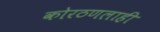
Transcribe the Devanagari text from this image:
कोरठणलाही